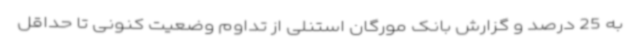
به 25 درصد و گزارش بانک مورگان استنلی از تداوم وضعیت کنونی تا حداقل